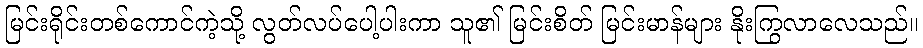
မြင်းရိုင်းတစ်ကောင်ကဲ့သို့ လွတ်လပ်ပေါ့ပါးကာ သူ၏ မြင်းစိတ် မြင်းမာန်များ နိုးကြွလာလေသည်။